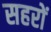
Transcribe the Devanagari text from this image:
सहरों